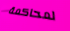
لمحاكمة